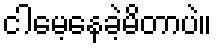
ငါမေ့နေခဲ့မိတာပဲ။